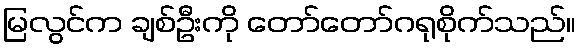
မြလွင်က ချစ်ဦးကို တော်တော်ဂရုစိုက်သည်။